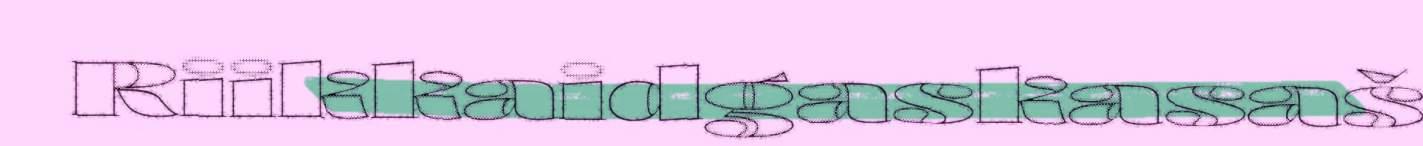
Riikkaidgaskasaš